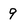
Character: 9